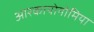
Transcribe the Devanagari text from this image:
आरकायोनोमिया